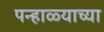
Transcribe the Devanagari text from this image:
पन्हाळ्याच्या